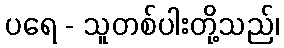
ပရေ - သူတစ်ပါးတို့သည်၊